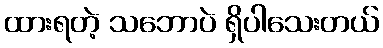
ထားရတဲ့ သဘောပဲ ရှိပါသေးတယ်